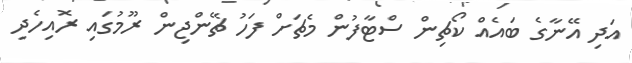
އަދި އޭނާގެ ބައެއް ކޯޗިން ސްޓާފުން މެޗަށް ފަހު ޗޭންޖިން ރޫމުގައި ރޮއިހެދި